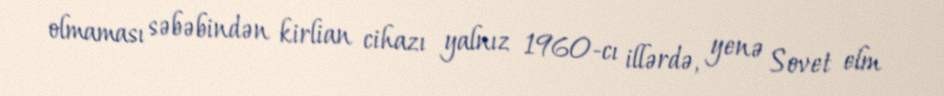
olmaması səbəbindən kirlian cihazı yalnız 1960-cı illərdə, yenə Sovet elm